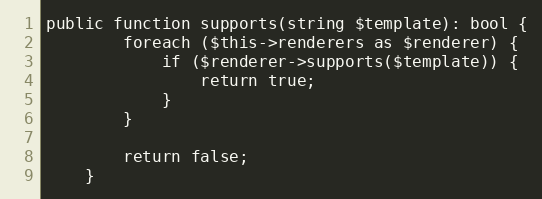
Language: PHP
public function supports(string $template): bool {
        foreach ($this->renderers as $renderer) {
            if ($renderer->supports($template)) {
                return true;
            }
        }

        return false;
    }